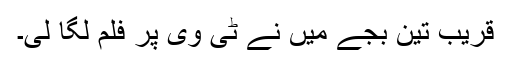
قریب تین بجے میں نے ٹی وی پر فلم لگا لی۔